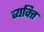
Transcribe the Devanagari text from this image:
व्‍यक्त्‍िा